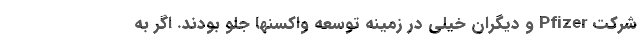
شرکت Pfizer و دیگران خیلی در زمینه توسعه واکسنها جلو بودند. اگر به